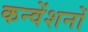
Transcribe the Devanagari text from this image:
कन्वेंशनों